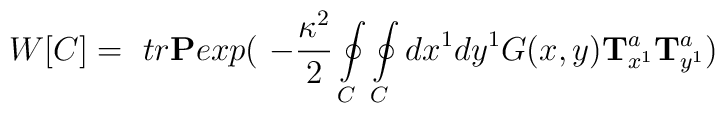
W[ C ] = \ tr \mbox{\bf P}exp( \ -\frac{\kappa^2}{2} \oint\limits_C\oint\limits_Cdx^1 dy^1 G(x,y) \mbox{\bf T}^a_{x^1} \mbox{\bf T}^a_{y^1})